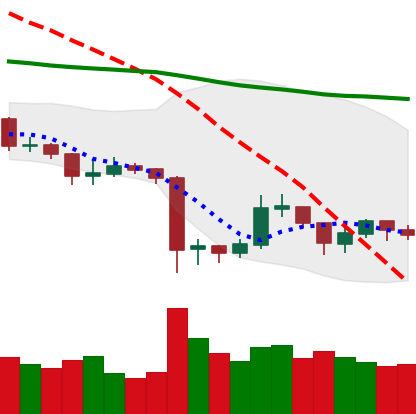
Ticker: XRP-USD
Chart end date: 2019-08-25
Forward return: -5.135%
Label: down_5_7